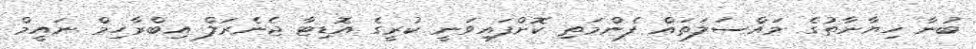
ބުނާ ޚިޔާނާތުގެ މައްސަލަތައް ފެންމަތި ކޮށްފައިވަނީ ކުރީގެ އޮޑިޓާ ޖެނެރަލް އިބްރާހިމް ނައީމް